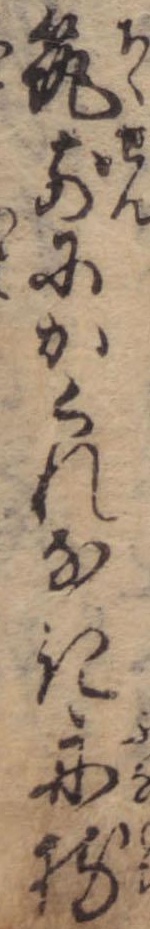
筑前にかくれなき舟持